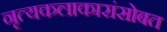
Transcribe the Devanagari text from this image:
नृत्यकलाकारांसोबत